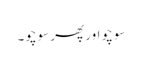
سوچو اور پھر سوچو۔